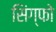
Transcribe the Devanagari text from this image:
सिंग्फो